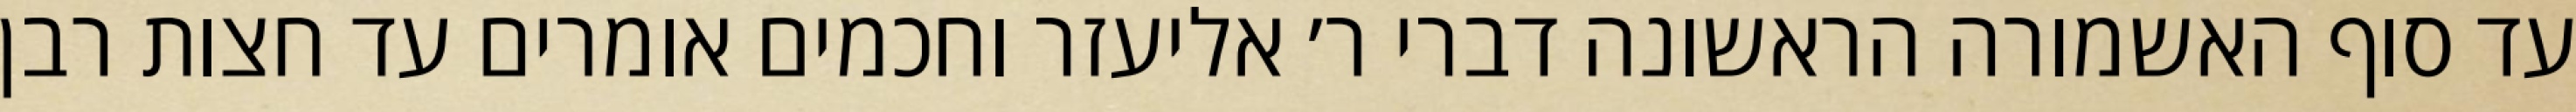
עד סוף האשמורה הראשונה דברי ר׳ אליעזר וחכמים אומרים עד חצות רבן